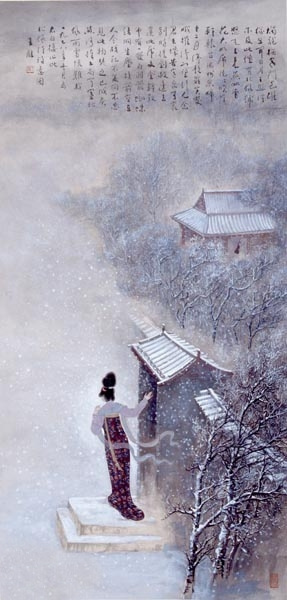
黄河捧土尚可塞，北风雨雪恨难裁。